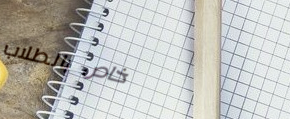
خاص بالطلاب